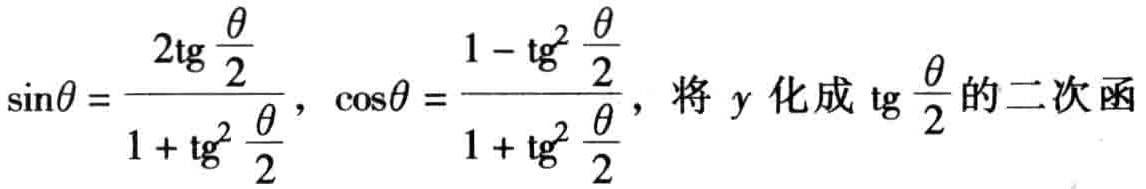
\(\sin\theta = \frac{2\mathrm{tg}\frac{\theta}{2}}{1 + \mathrm{tg}^{2}\frac{\theta}{2}}，\cos\theta = \frac{1 - \mathrm{tg}^{2}\frac{\theta}{2}}{1 + \mathrm{tg}^{2}\frac{\theta}{2}}，将\ y\ 化成\ \mathrm{tg}\frac{\theta}{2}的二次函\)